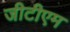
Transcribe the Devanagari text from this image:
जीटीएम